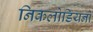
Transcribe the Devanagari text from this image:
निकलोडियनों